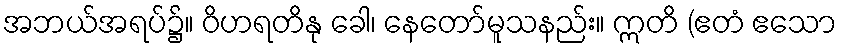
အဘယ်အရပ်၌။ ဝိဟရတိနု ခေါ၊ နေတော်မူသနည်း။ ဣတိ (ဧတံ ဧသော